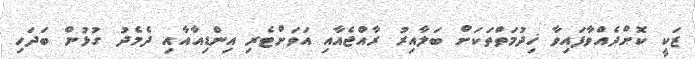
ޒަކީ ކޮށްދެއްވާފައިވާ ޚިދުމަތްތަކަށް ބަލާއިރު ރާއްޖެއާއި އަވަށްޓެރި އިންޑިއާއާއި ދެމެދު ގުޅުން ބަދަހި